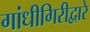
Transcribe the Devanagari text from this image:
गांधीगिरीद्वारे